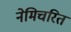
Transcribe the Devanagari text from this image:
नेमिचरित